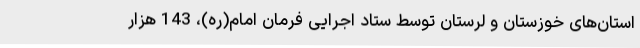
استان‌های خوزستان و لرستان توسط ستاد اجرایی فرمان امام(ره)، 143 هزار